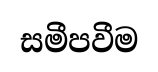
සමීපවීම